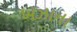
ખઝાના